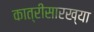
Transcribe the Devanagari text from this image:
कात्रीसारख्या